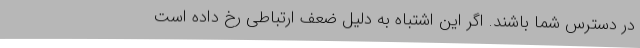
در دسترس شما باشند. اگر این اشتباه به دلیل ضعف ارتباطی رخ داده است